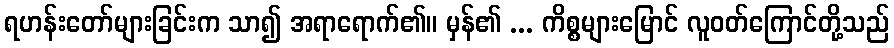
ရဟန်းတော်များခြင်းက သာ၍ အရာရောက်၏။ မှန်၏ ... ကိစ္စများမြောင် လူဝတ်ကြောင်တို့သည်